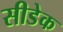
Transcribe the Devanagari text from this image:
सीडेक